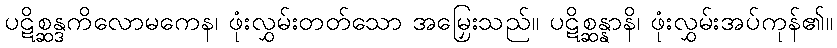
ပဋိစ္ဆန္ဒကိလောမကေန၊ ဖုံးလွှမ်းတတ်သော အမြှေးသည်။ ပဋိစ္ဆန္နာနိ၊ ဖုံးလွှမ်းအပ်ကုန်၏။